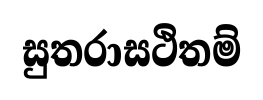
සුතරාසථිතම්